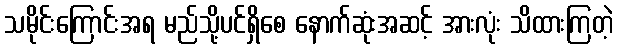
သမိုင်းကြောင်းအရ မည်သို့ပင်ရှိစေ နောက်ဆုံးအဆင့် အားလုံး သိထားကြတဲ့